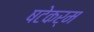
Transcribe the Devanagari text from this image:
षटेकर्म